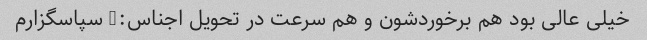
خیلی عالی بود هم برخوردشون و هم سرعت در تحویل اجناس:) سپاسگزارم